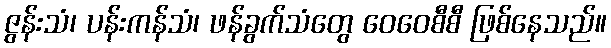
ဇွန်းသံ၊ ပန်းကန်သံ၊ ဖန်ခွက်သံတွေ ဝေဝေစီစီ ဖြစ်နေသည်။